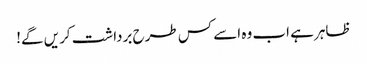
ظاہر ہے اب وہ اسے کس طرح برداشت کریں گے!